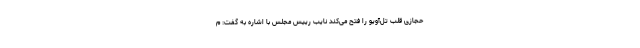
حجازی قلب تل‌آویو را فتح می‌کند نایب رییس مجلس با اشاره به گفت: م